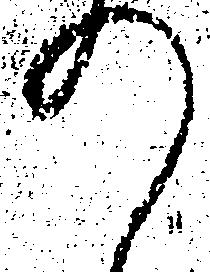
の